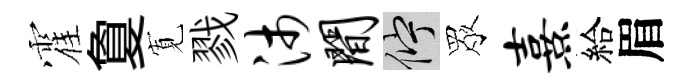
霍夐𡩖戮沛间伫眾熹給眉